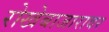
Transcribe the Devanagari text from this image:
रोखेबाजारावर